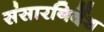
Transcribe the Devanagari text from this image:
संसारनिर्देश